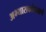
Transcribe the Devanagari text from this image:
अभ्यासकांप्रमाणे